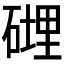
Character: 𥕄